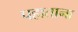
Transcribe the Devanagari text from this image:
पहाताना